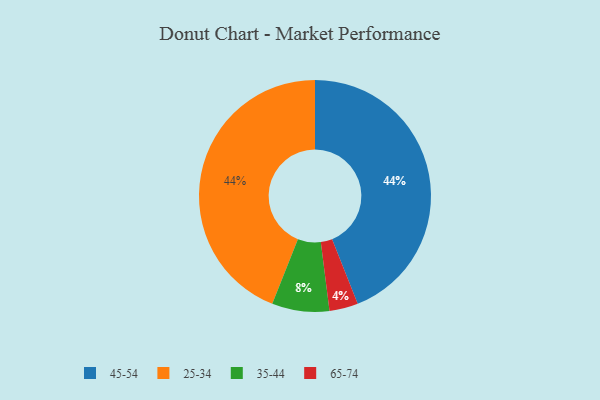
{"axis": {"x": "Category", "y": "Percentage"}, "legend": ["25-34", "35-44", "45-54", "65-74"], "data": [{"x": "45-54", "y": 44, "type": "45-54"}, {"x": "65-74", "y": 4, "type": "65-74"}, {"x": "25-34", "y": 44, "type": "25-34"}, {"x": "35-44", "y": 8, "type": "35-44"}]}